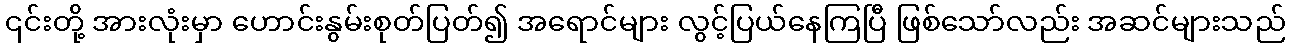
၎င်းတို့ အားလုံးမှာ ဟောင်းနွမ်းစုတ်ပြတ်၍ အရောင်များ လွင့်ပြယ်နေကြပြီ ဖြစ်သော်လည်း အဆင်များသည်